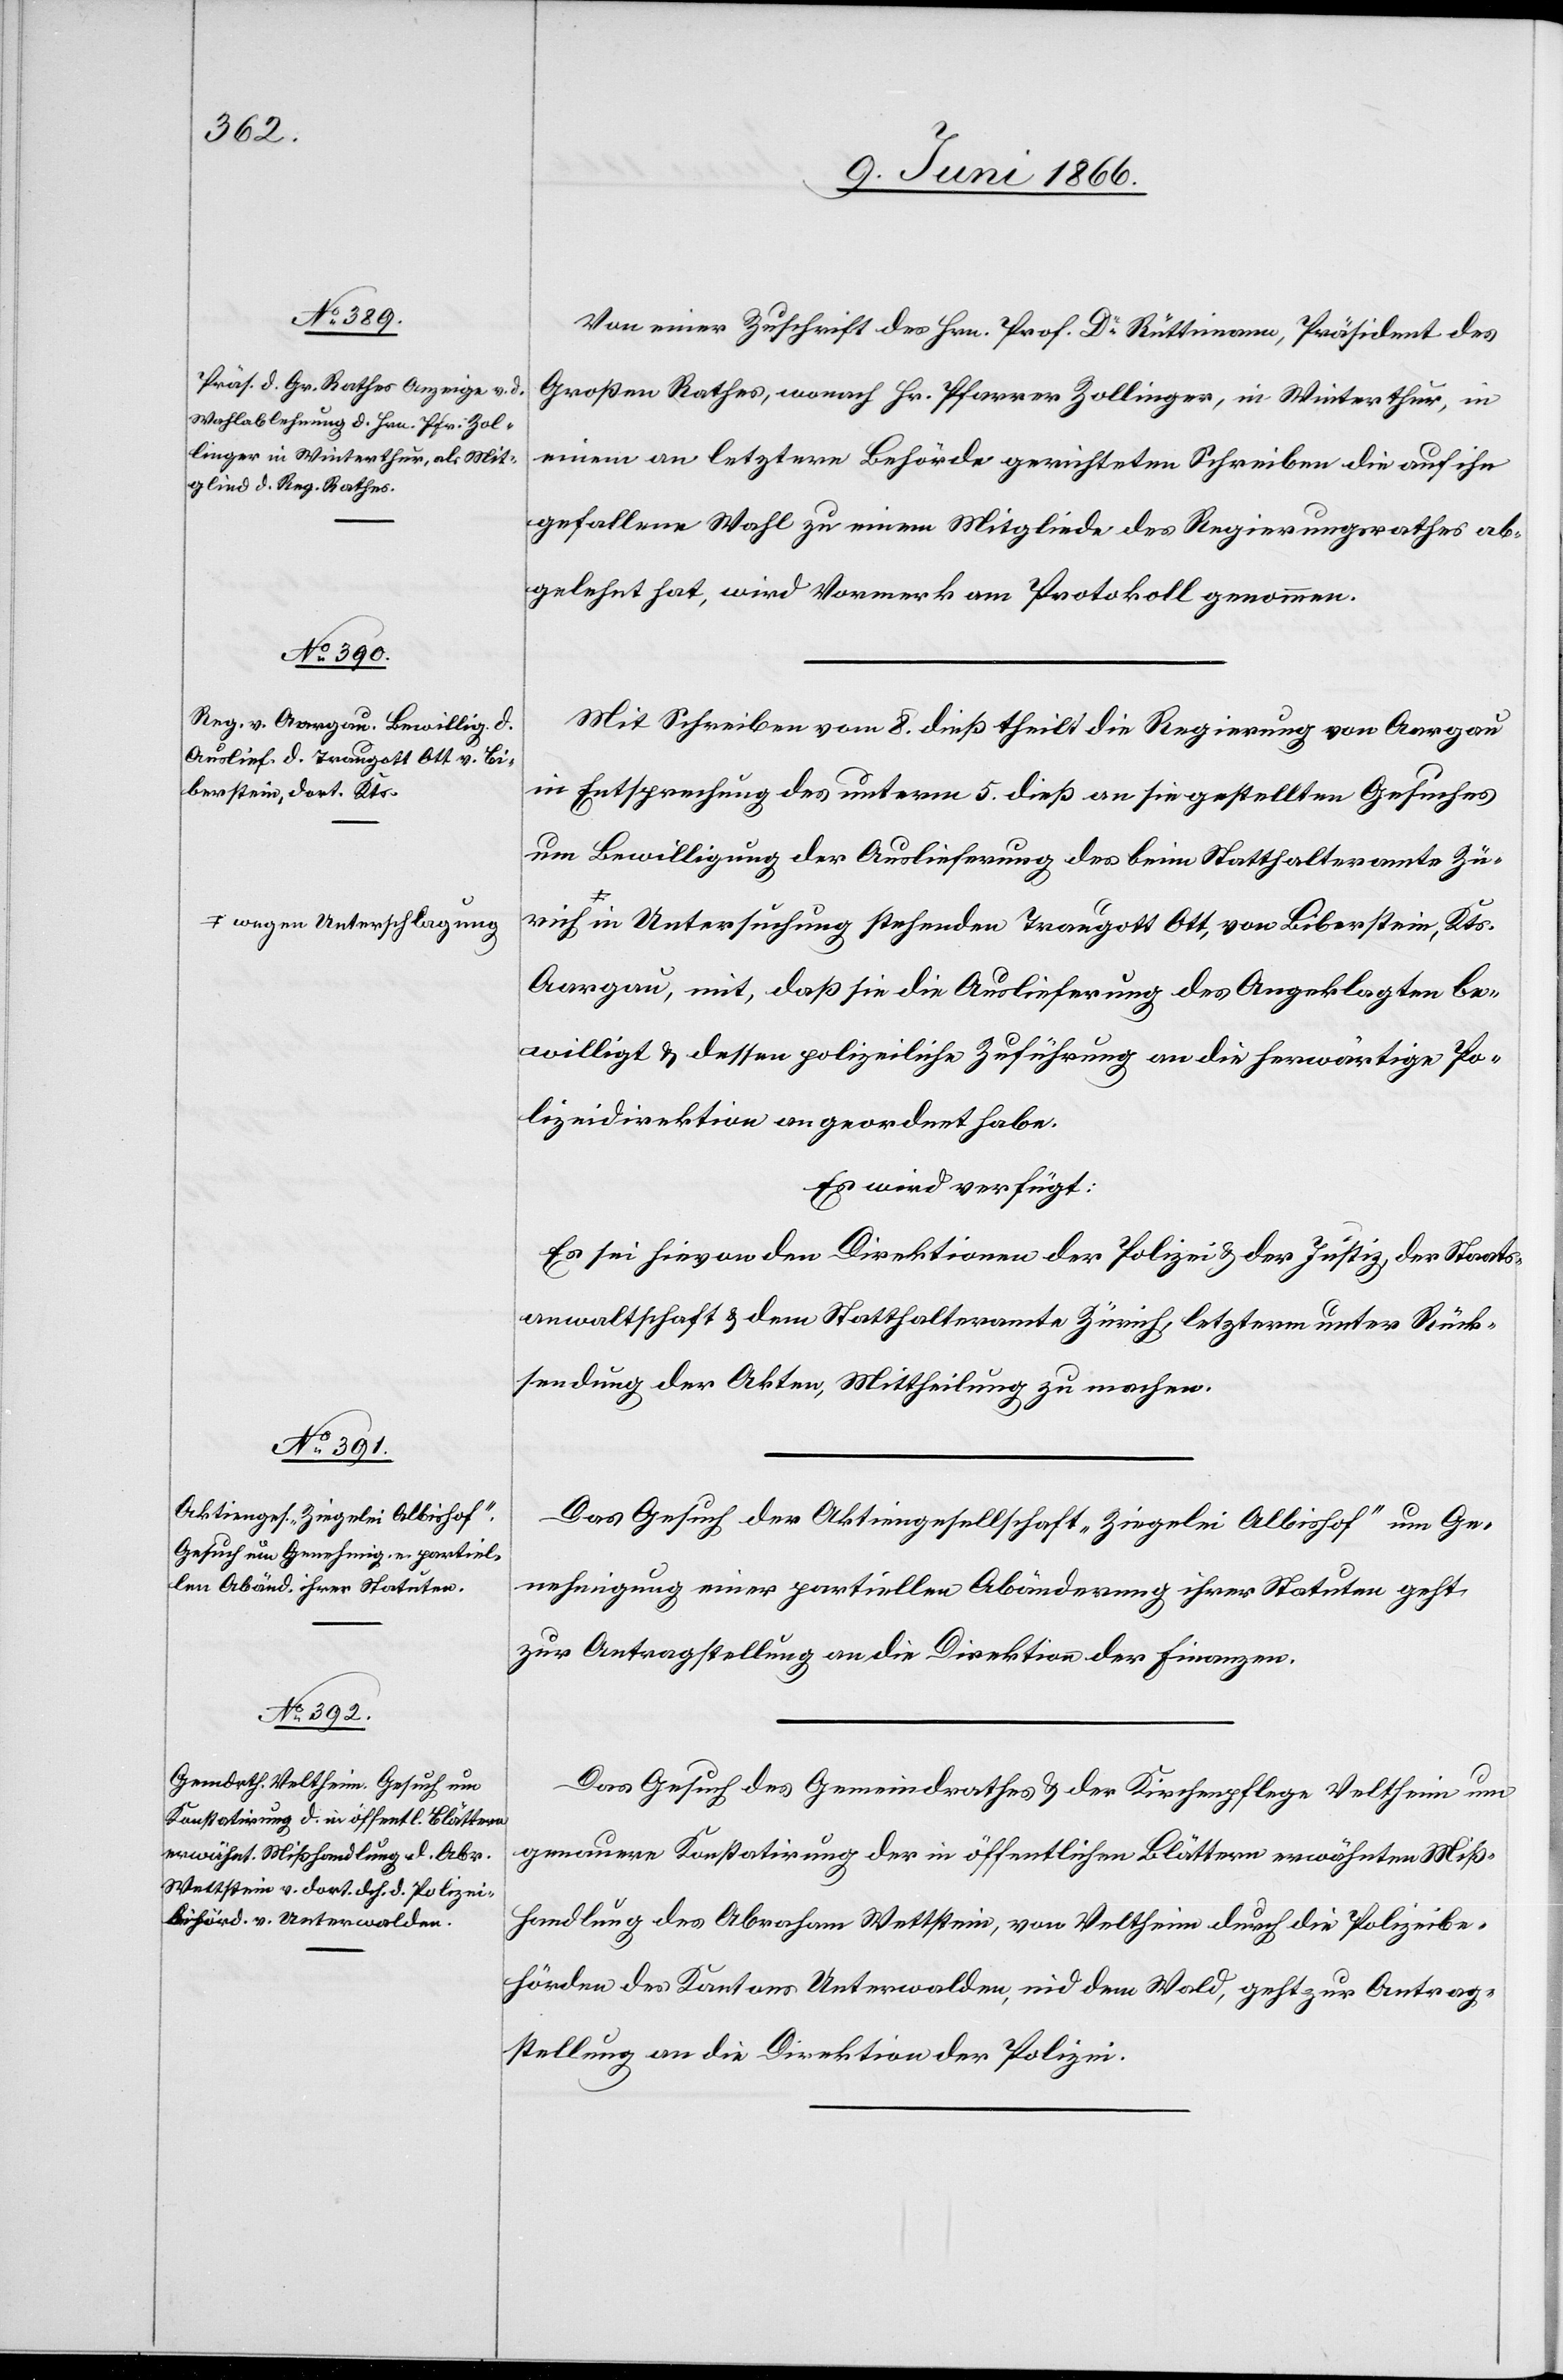
ich a-wegen Unterschlagun¬

11. Juni 1866.]
Von einer Zuschrift des Hrn. Prof. Dr. Rüttimann, Präsident des
Großen Rathes, wonach Hr. Pfarrer Zollinger, in Winterthur, in
einem an letztere Behörde gerichteten Schreiben die auf ihn
gefallene Wahl zu einem Mitgliede des Regierungsrathes ab¬
gelehnt hat, wird Vormerk am Protokoll genommen.
Mit Schreiben vom 8. dieß theilt die Regierung von Aargau
in Entsprechung des unterm 5. dieß an sie gestellten Gesuches
um Bewilligung der Auslieferung des beim Statthalteramte Zür¬
g-a in Untersuchung stehenden Traugott Ott, von Biberstein, Kts.
Aargau, mit, daß sie die Auslieferung des Angeklagten be¬
willigt u. dessen polizeiliche Zuführung an die herwärtige Po¬
lizeidirektion angeordnet habe.
Es wird verfügt:
Es sei hievon den Direktionen der Polizei u. der Justiz, der Staats¬
anwaltschaft u. dem Statthalteramte Zürich, letzterm unter Rück¬
sendung der Akten, Mittheilung zu machen.
Das Gesuch der Aktiengesellschaft „Ziegelei Albishof“ um Ge¬
nehmigung einer partiellen Abänderung ihrer Statuten geht
zur Antragstellung an die Direktion der Finanzen.
Das Gesuch des Gemeindrathes u. der Kirchenpflege Veltheim um
genauere Konstatirung der in öffentlichen Blättern erwähnten Miß¬
handlung des Abraham Wettstein, von Veltheim durch die Polizeibe¬
hörden des Kantons Unterwalden nid dem Wald, geht zur Antrag¬
stellung an die Direktion der Polizei.